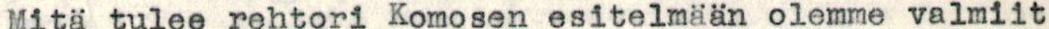
Mitä tulee rehtori Komosen esitelmään olemme valmiit